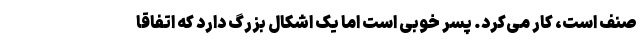
صنف است، کار می­کرد. پسر خوبی است اما یک اشکال بزرگ دارد که اتفاقاً